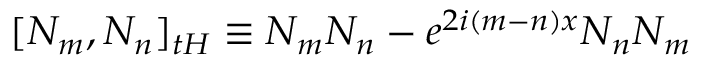
\lbrack N _ { m } , N _ { n } ] _ { t H } \equiv N _ { m } N _ { n } - e ^ { 2 i ( m - n ) x } N _ { n } N _ { m }